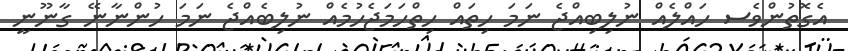
އެގޮތުންވެސ ހައްލެއް ނުލިބިއްޖެ ނަމަ ހިތައް ހިތްހަމަޖެހުމެއް ނުލިބެއްޖެ ނަމަ ހުންނާނޭ ގާނޫނީ